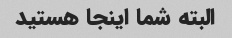
البته شما اینجا هستید